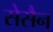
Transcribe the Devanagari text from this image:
सेसैन